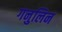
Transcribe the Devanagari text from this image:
गनुलिन